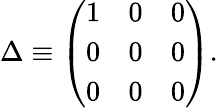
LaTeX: \Delta\equiv\left(\begin{array}{ccc}{{1}}&{{0}}&{{0}}\\ {{0}}&{{0}}&{{0}}\\ {{0}}&{{0}}&{{0}}\end{array}\right).